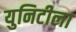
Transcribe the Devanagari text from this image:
युनिटीला